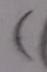
(